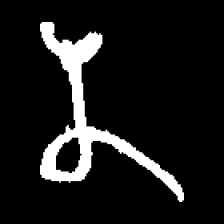
Pyu character \u2014 Myanmar letter: န (romanized: na)